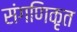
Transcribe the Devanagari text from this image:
संगणिकृत